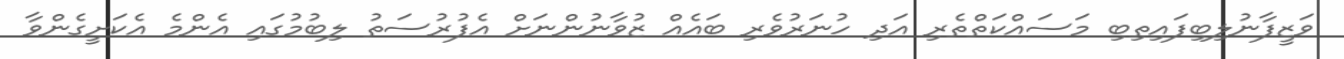
ވަޒީފާނުލިބިފައިތިބި މަސައްކަތްތެރި އަދި ހުނަރުވެރި ބައެއް ޒުވާނުންނަށް އެފުރުސަތު ލިބުމުގައި އެންމެ އެކަށީގެންވާ